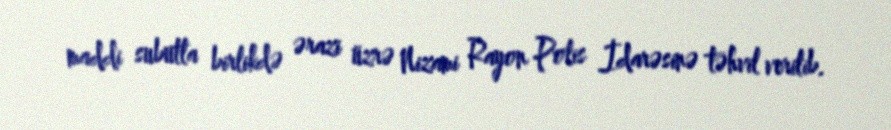
maddi subutla birlikdə ərazi üzrə Nizami Rayon Polis İdarəsinə təhvil verilib.